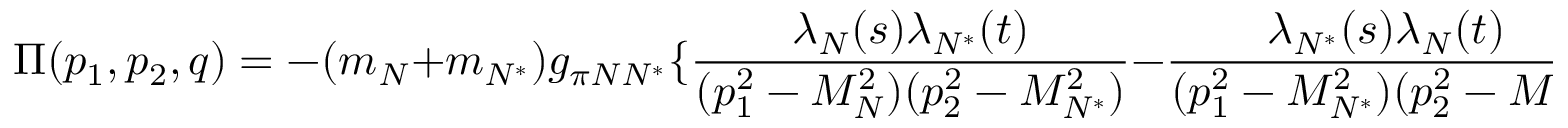
\Pi ( p _ { 1 } , p _ { 2 } , q ) = - ( m _ { N } + m _ { N ^ { \ast } } ) g _ { \pi N N ^ { \ast } } \{ { \frac { \lambda _ { N } ( s ) \lambda _ { N ^ { \ast } } ( t ) } { ( p _ { 1 } ^ { 2 } - M _ { N } ^ { 2 } ) ( p _ { 2 } ^ { 2 } - M _ { N ^ { \ast } } ^ { 2 } ) } } - { \frac { \lambda _ { N ^ { \ast } } ( s ) \lambda _ { N } ( t ) } { ( p _ { 1 } ^ { 2 } - M _ { N ^ { \ast } } ^ { 2 } ) ( p _ { 2 } ^ { 2 } - M _ { N } ^ { 2 } ) } } \} i { \hat { p } } \gamma _ { 5 } + \cdots